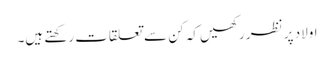
اولاد پر نظر رکھیں کہ کن سے تعلقات رکھتے ہیں۔